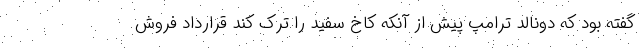
گفته بود که دونالد ترامپ پیش از آنکه کاخ سفید را ترک کند قرارداد فروش